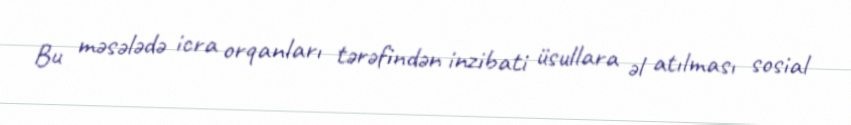
Bu məsələdə icra orqanları tərəfindən inzibati üsullara əl atılması sosial